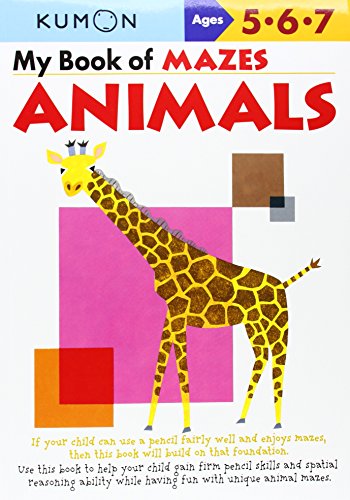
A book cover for My Book of Mazes: Animals (Kumon Workbooks); Shinobu Akaishi; Education & Teaching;